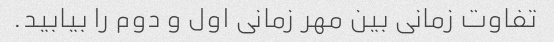
تفاوت زمانی بین مهر زمانی اول و دوم را بیابید.